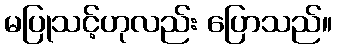
မပြုသင့်ဟုလည်း ပြောသည်။